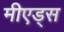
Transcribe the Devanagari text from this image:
मीएड्स